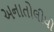
અનાતોલીધો